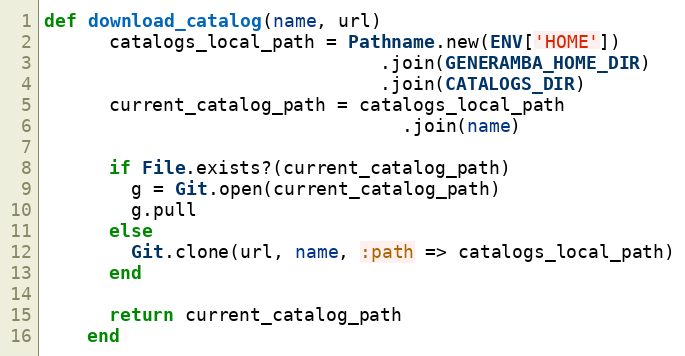
Language: Ruby
def download_catalog(name, url)
      catalogs_local_path = Pathname.new(ENV['HOME'])
                               .join(GENERAMBA_HOME_DIR)
                               .join(CATALOGS_DIR)
      current_catalog_path = catalogs_local_path
                                 .join(name)

      if File.exists?(current_catalog_path)
        g = Git.open(current_catalog_path)
        g.pull
      else
        Git.clone(url, name, :path => catalogs_local_path)
      end

      return current_catalog_path
    end